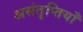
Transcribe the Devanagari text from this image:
असंतृप्तियाँ